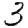
Digit: 3